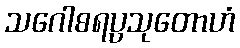
သဂေါစရပ္ပသုတောဟံ